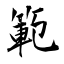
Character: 範